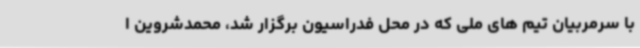
با سرمربیان تیم های ملی که در محل فدراسیون برگزار شد، محمدشروین ا